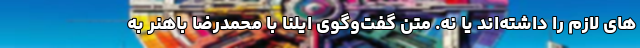
های لازم را داشته‌اند یا نه. متن گفت‌وگوی ایلنا با محمدرضا باهنر به